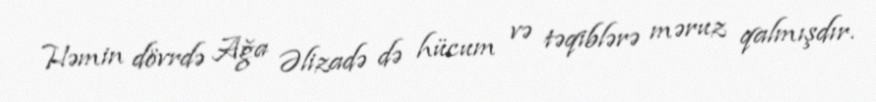
Həmin dövrdə Ağa Əlizadə də hücum və təqiblərə məruz qalmışdır.